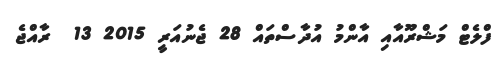
ފްލެޓް މަޝްރޫއާއި އާންމު އުދާސްތައް 28 ޖެނުއަރީ 2015 13  ރާއްޖެ